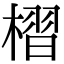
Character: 槢